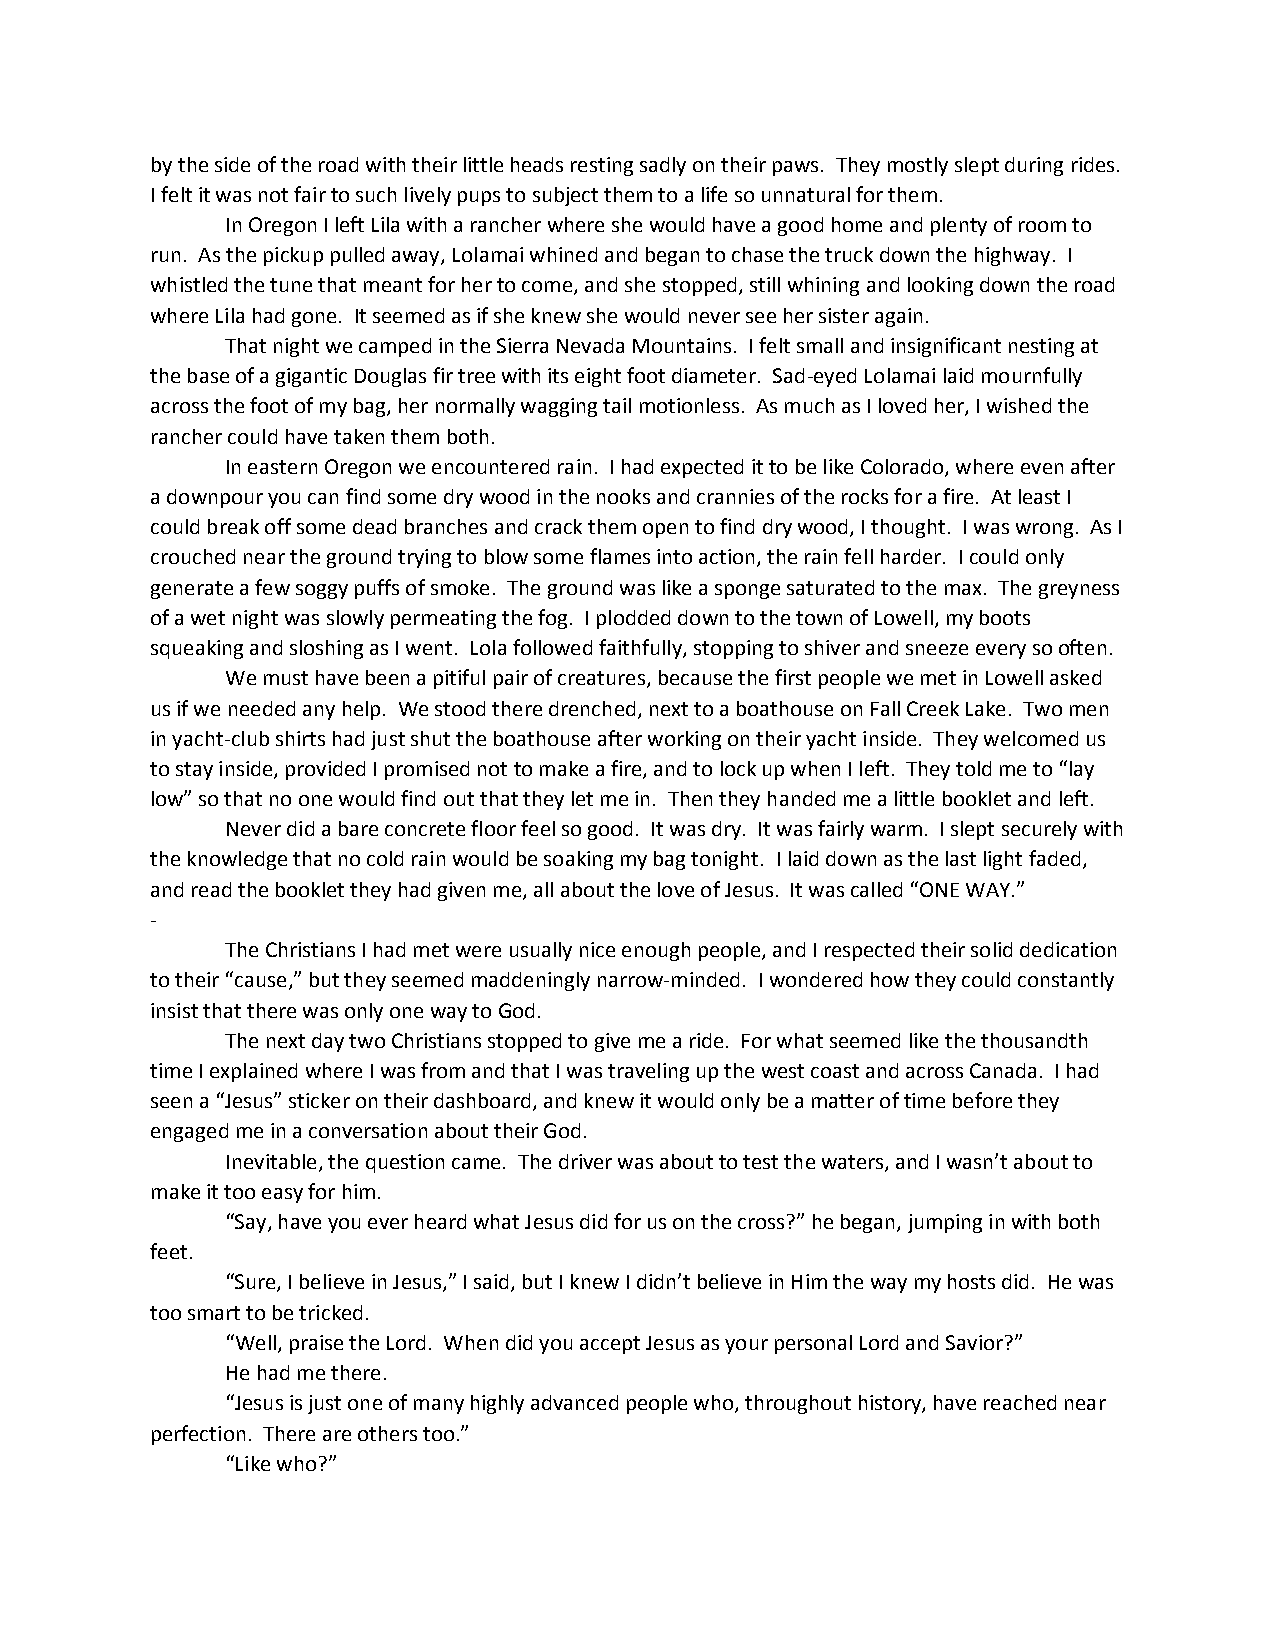
by the side of the road with their little heads resting sadly on their paws. They mostly slept during rides.
 I felt it was not fair to such lively pups to subject them to a life so unnatural for them.
 In Oregon I left Lila with a rancher where she would have a good home and plenty of room to
 run. As the pickup pulled away, Lolamai whined and began to chase the truck down the highway. I
 whistled the tune that meant for her to come, and she stopped, still whining and looking down the road
 where Lila had gone. It seemed as if she knew she would never see her sister again.
 That night we camped in the Sierra Nevada Mountains. I felt small and insignificant nesting at
 the base of a gigantic Douglas fir tree with its eight foot diameter. Sad-eyed Lolamai laid mournfully
 across the foot of my bag, her normally wagging tail motionless. As much as I loved her, I wished the
 rancher could have taken them both.
 In eastern Oregon we encountered rain. I had expected it to be like Colorado, where even after
 a downpour you can find some dry wood in the nooks and crannies of the rocks for a fire. At least I
 could break off some dead branches and crack them open to find dry wood, I thought. I was wrong. As I
 crouched near the ground trying to blow some flames into action, the rain fell harder. I could only
 generate a few soggy puffs of smoke. The ground was like a sponge saturated to the max. The greyness
 of a wet night was slowly permeating the fog. I plodded down to the town of Lowell, my boots
 squeaking and sloshing as I went. Lola followed faithfully, stopping to shiver and sneeze every so often.
 We must have been a pitiful pair of creatures, because the first people we met in Lowell asked
 us if we needed any help. We stood there drenched, next to a boathouse on Fall Creek Lake. Two men
 in yacht-club shirts had just shut the boathouse after working on their yacht inside. They welcomed us
 to stay inside, provided I promised not to make a fire, and to lock up when I left. They told me to “lay
 low” so that no one would find out that they let me in. Then they handed me a little booklet and left.
 Never did a bare concrete floor feel so good. It was dry. It was fairly warm. I slept securely with
 the knowledge that no cold rain would be soaking my bag tonight. I laid down as the last light faded,
 and read the booklet they had given me, all about the love of Jesus. It was called “ONE WAY.”
 -
 The Christians I had met were usually nice enough people, and I respected their solid dedication
 to their “cause,” but they seemed maddeningly narrow-minded. I wondered how they could constantly
 insist that there was only one way to God.
 The next day two Christians stopped to give me a ride. For what seemed like the thousandth
 time I explained where I was from and that I was traveling up the west coast and across Canada. I had
 seen a “Jesus” sticker on their dashboard, and knew it would only be a matter of time before they
 engaged me in a conversation about their God.
 Inevitable, the question came. The driver was about to test the waters, and I wasn’t about to
 make it too easy for him.
 “Say, have you ever heard what Jesus did for us on the cross?” he began, jumping in with both
 feet.
 “Sure, I believe in Jesus,” I said, but I knew I didn’t believe in Him the way my hosts did. He was
 too smart to be tricked.
 “Well, praise the Lord. When did you accept Jesus as your personal Lord and Savior?”
 He had me there.
 “Jesus is just one of many highly advanced people who, throughout history, have reached near
 perfection. There are others too.”
 “Like who?”